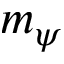
m _ { \psi }